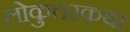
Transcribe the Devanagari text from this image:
लोकुत्तरकथा